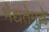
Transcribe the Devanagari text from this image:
भेद्यतेमुळे